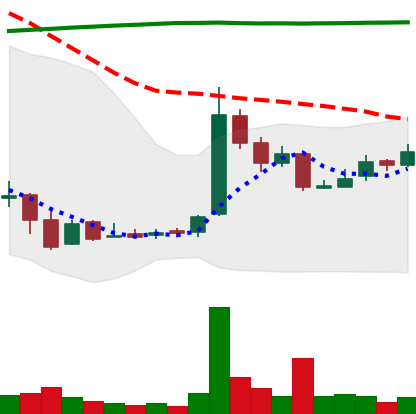
Ticker: LTC-USD
Chart end date: 2016-09-01
Forward return: 3.663%
Label: up_3_5